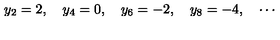
y _ { 2 } = 2 , \quad y _ { 4 } = 0 , \quad y _ { 6 } = - 2 , \quad y _ { 8 } = - 4 , \quad \cdots